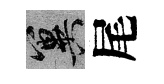
冀尾